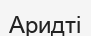
Аридті